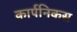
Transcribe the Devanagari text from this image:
कार्पनिकस